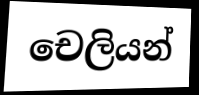
චෙලියන්